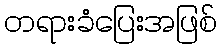
တရားခံပြေးအဖြစ်